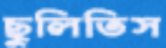
ছুলিতিস